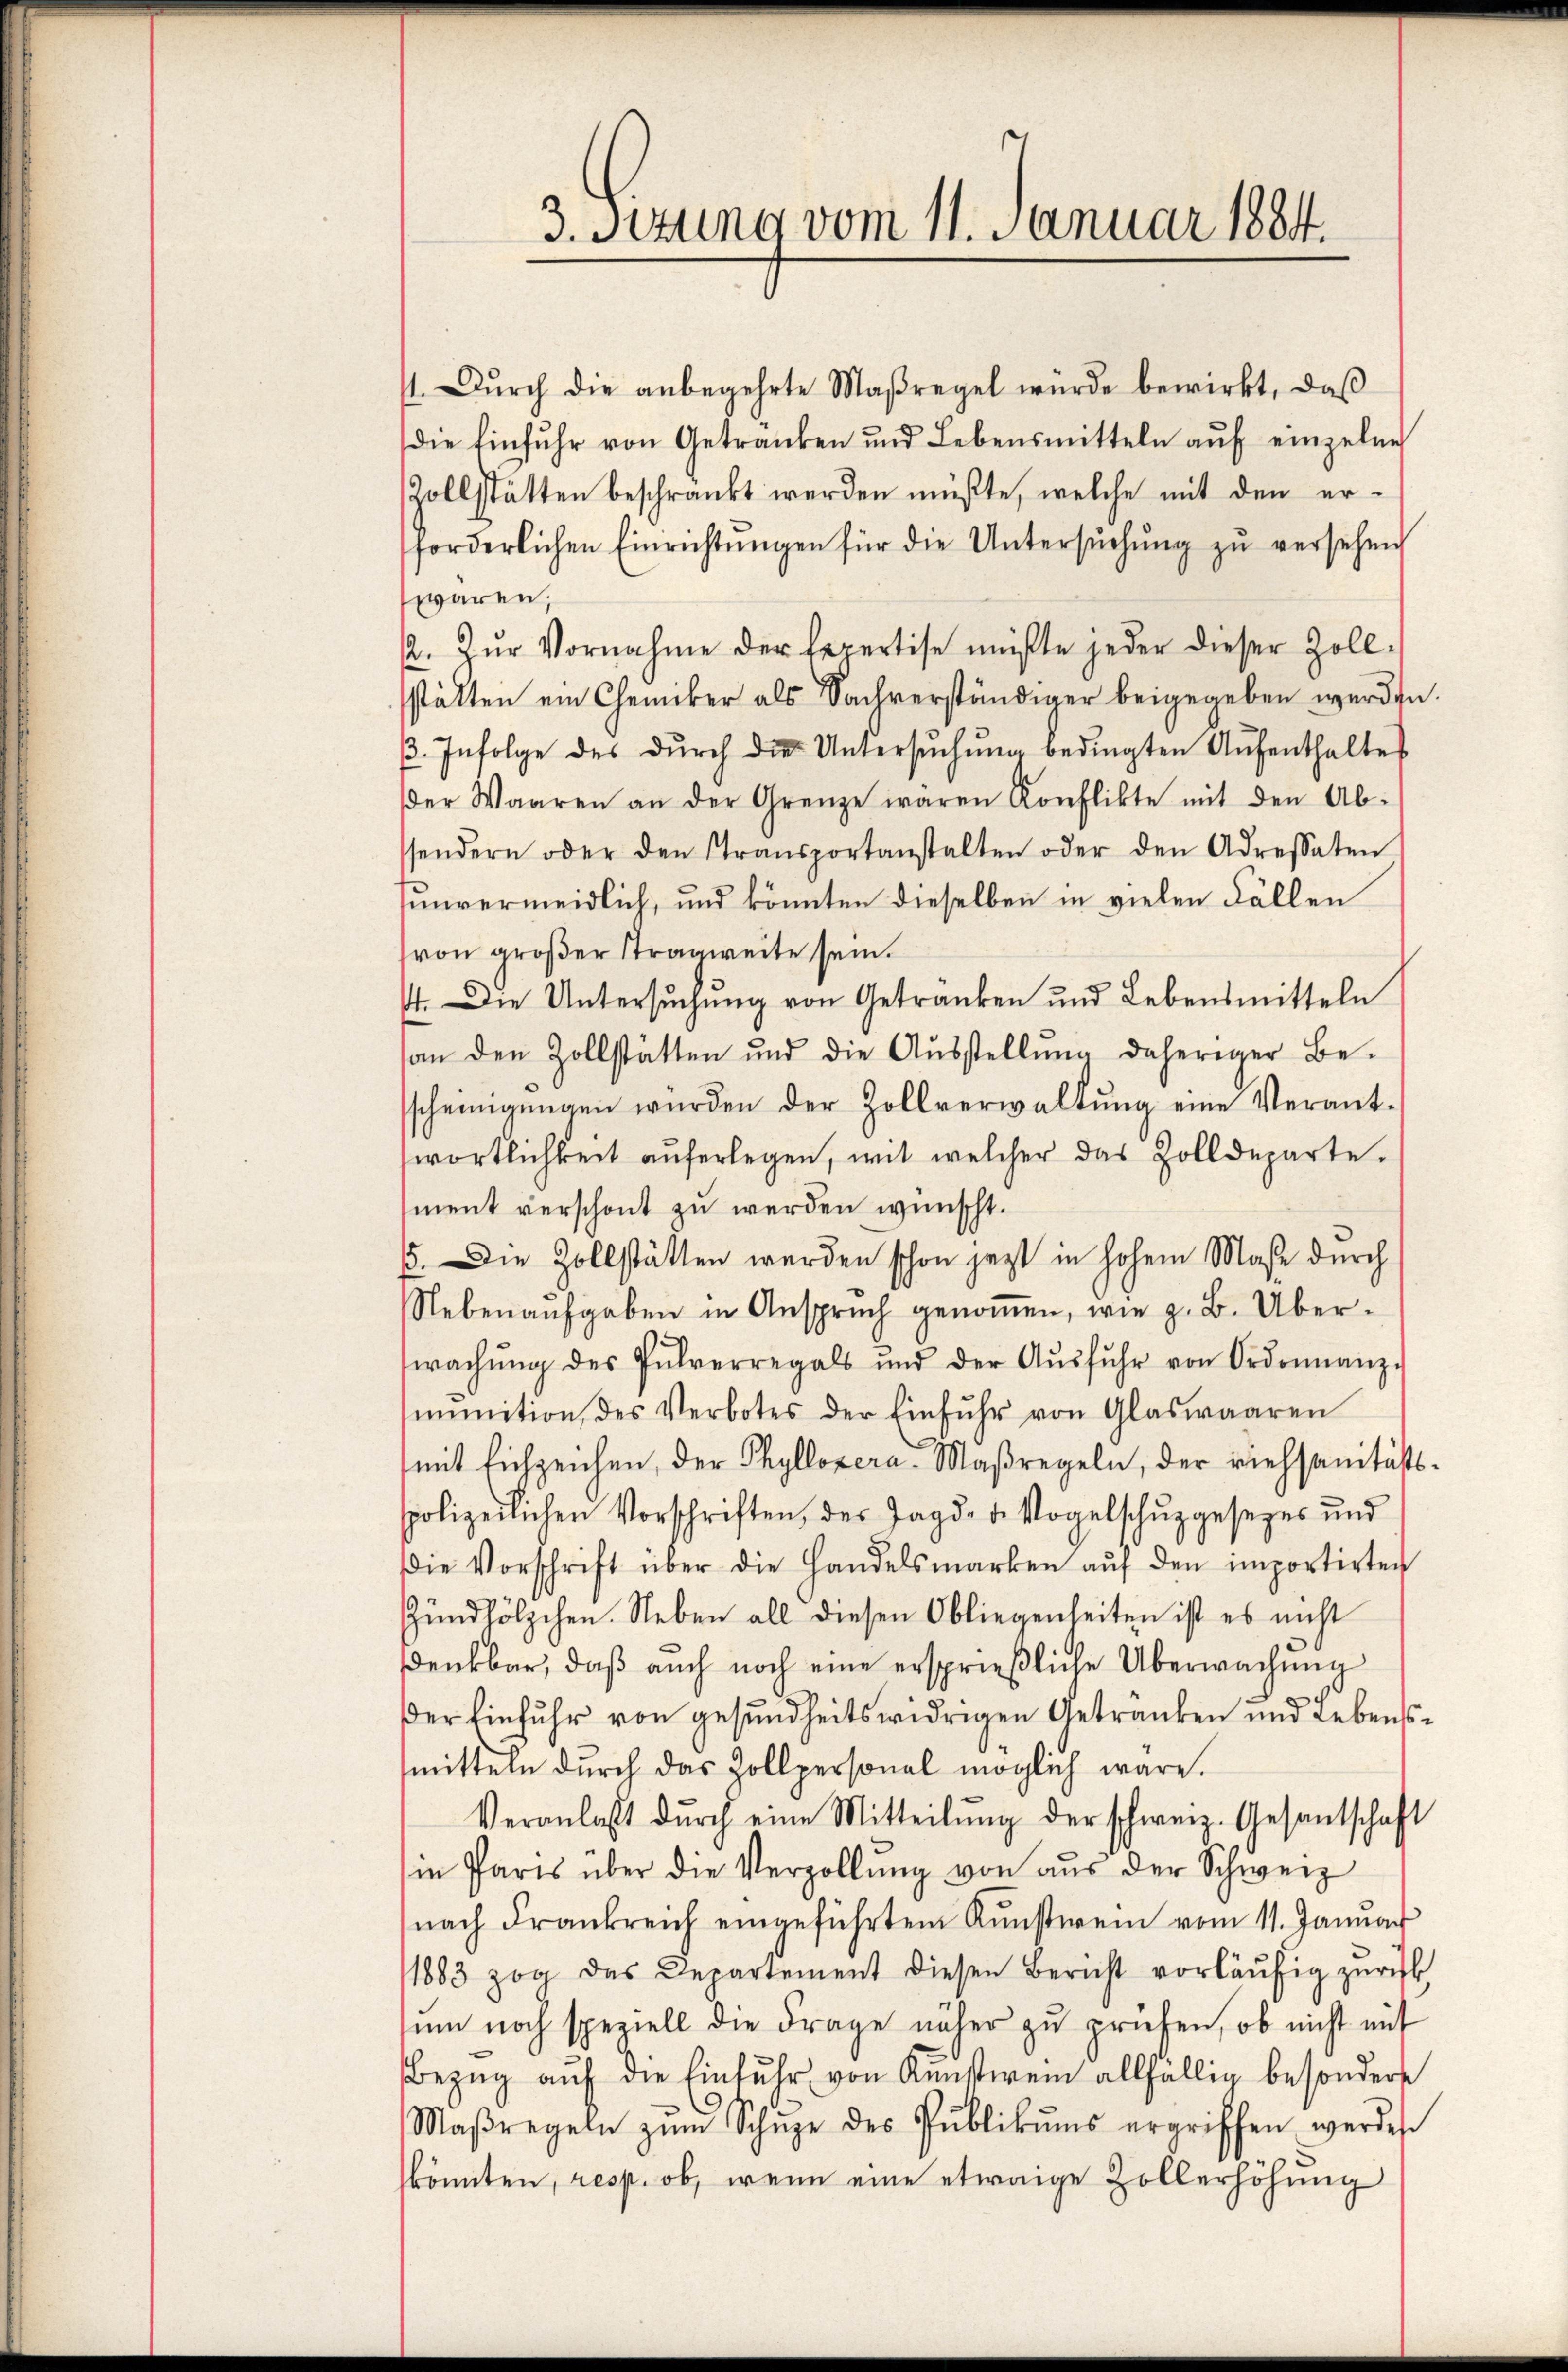
3. Sizung vom 11. Januar 1884.

11. Dŭrch die anbegehrte Maßregel würde bewirkt, daβ
die Einfŭhr von Getranken und Lebensmitteln aŭf einzelne
Zollstätten beschränkt werden müßte, welche mit den er-
forderlichen Einrichtŭngen für die Untersŭchŭng zŭ versehen
waren;
2. Zŭr Vornahme der Expertise müßte jeder dieser Zoll-
stätten ein Chemiker als Sachverständiger beigegeben werden.
. Infolge des dŭrch die Untersŭchŭng bedingten Aŭfenthaltes
der Waaren an der Grenze waren Konflikte mit den Ab-
ssondern oder den Stransportanstalten oder den Adressaten
unvermeidlich, und könnten dieselben in vielen Fällen
von groβer Stragweite sein.
4. Die Untersuchung von Getranken und Lebensmitteln
an den Zollstätten und die Aŭsstellŭng daheriger Be-
scheinigŭngen würden der Zollverwaltŭng eine Verant-
wörtlichkeit aŭferlegen, mit welcher das Zolldeparte.
ment verschont zu werden wünscht.
5. Die Zollstätten werden schon jezt in hohem Maße durch
Neben aŭfgaben in Ansprŭch genoṁen, wie z. B. Über-
wachŭng des Pulverregals und der Aŭsfŭhr von Ordonnanz-
mmition des Verbotes der Einfŭhr von Glaswaaren
mit Eichzeichen, der Phyllozera-Maßregeln, der viehsanitäts-
polizeilichen Vorschriften, des Jagd- u. Vogelschŭzgesezes und
die Vorschrift über die Handelsmarken aŭf den importirten
Zündhölzchen. Neben all diesen Obliegenheiten ist es nicht
sdenkbar, daß auch noch eine ersprießliche Überwachung
der Einfuhr von gesundheitswidrigen Getranken und Lebensmitteln durch das Zollpersonal möglich wäre.
Veranlaßt dŭrch eine Mitteilŭng der schweiz. Gesantschaft
in Paris über die Verzollŭng von aŭs der Schweiz
nach Frankreich eingeführten Kunstwein vom 11. Januar
1883 zog das Departement diesen Bericht vorläŭfig zŭrück,
um noch speziell die Frage näher zŭ prüfen, ob nicht mit
Bezŭg aŭf die Einfŭhr von Kunstwein allfällig besondere
Maβregeln zŭm Schŭze des Pŭblikŭms ergriffen werden
könnten, resp. ob, wenn eine etwaige Zollerhöhung